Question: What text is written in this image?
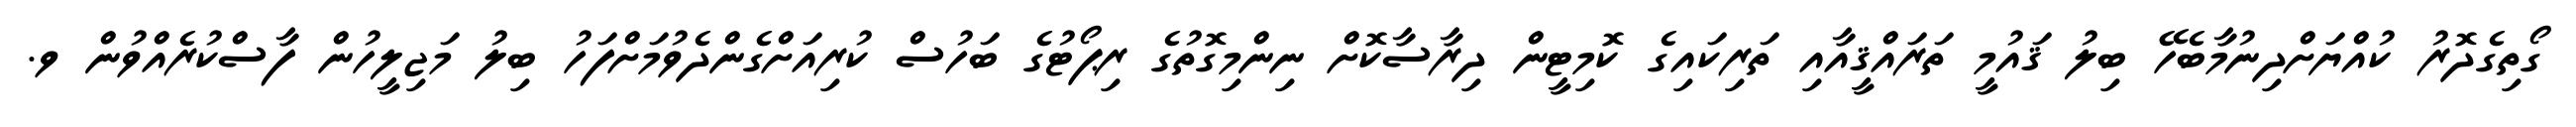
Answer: ގޯތިގެދޮރު ކުއްޔަށްދިނުމާބެހޭ ބިލު ޤައުމީ ތަރައްޤީއާއި ތަރިކައިގެ ކޮމިޓީން ދިރާސާކޮށް ނިންމިގޮތުގެ ރިޕޯޓުގެ ބަހުސް ކުރިއަށްގެންދެވުމަށްފަހު ބިލު މަޖިލީހުން ފާސްކުރެއްވުން ވ.